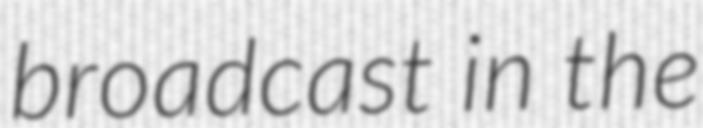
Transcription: broadcast in the